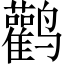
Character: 鹳